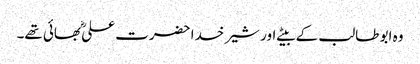
وہ ابو طالب کے بیٹے اور شیر خدا حضرت علیؓ بھائی تھے۔